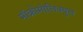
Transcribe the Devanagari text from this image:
मॉक्रोमोलिक्युल